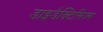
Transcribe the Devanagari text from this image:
डाइडैक्टिसिज़्म